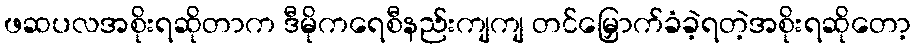
ဖဆပလအစိုးရဆိုတာက ဒီမိုကရေစီနည်းကျကျ တင်မြှောက်ခံခဲ့ရတဲ့အစိုးရဆိုတော့